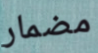
مضمار